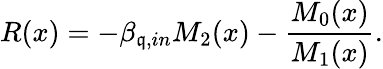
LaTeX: R(x)=-\beta_{\mathfrak{q},in}M_{2}(x)-\frac{{M_{0}(x)}}{{M_{1}(x)}}.